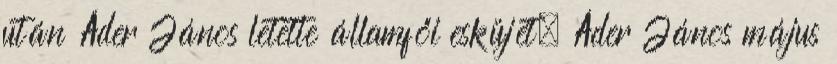
után Áder János letette államfői esküjét. Áder János május